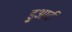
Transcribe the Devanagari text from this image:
डु्आर्ट